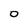
Character: 0